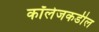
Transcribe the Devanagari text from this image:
कॉलेजकडील